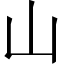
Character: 山